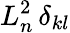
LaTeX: L_{n}^{2}\, \delta_{kl}